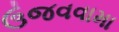
ઉજવવામા